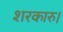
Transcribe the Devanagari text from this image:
शरकारु।